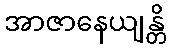
အာဇာနေယျန္တိ